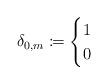
LaTeX: \begin{align*}\delta_{0,m} \coloneqq \begin{cases} 1 & \\ 0 & \end{cases}\end{align*}